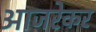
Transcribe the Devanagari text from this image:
आजरेकर